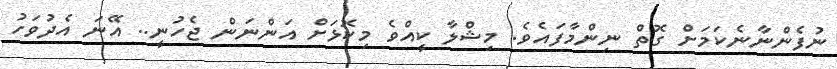
ނުފެންނާނެކަމަށް ގޮތް ނިންމާފައެވެ. މިޝްލާ ކީއްވެ މިކޮޅަށް އަންނަން ޖެހުނީ.. އޭނަ އެދުވަހު